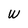
Character: W